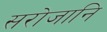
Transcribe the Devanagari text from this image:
सरोजानि